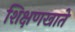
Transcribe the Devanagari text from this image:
शिक्षणखाते